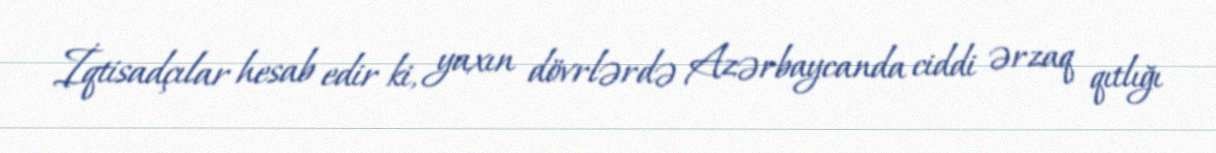
İqtisadçılar hesab edir ki, yaxın dövrlərdə Azərbaycanda ciddi ərzaq qıtlığı